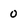
Character: 0